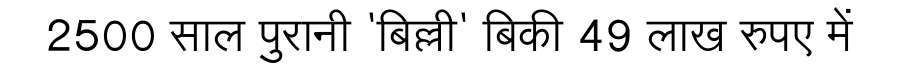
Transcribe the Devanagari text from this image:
2500 साल पुरानी 'बिल्ली' बिकी 49 लाख रुपए में